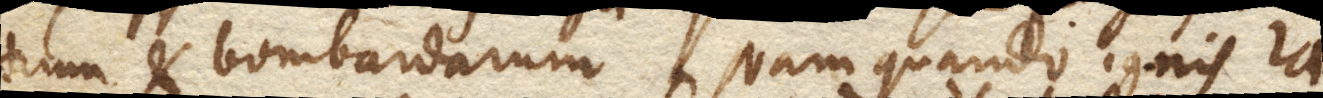
truum et bombardarum. Nam quando ignis ra–